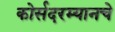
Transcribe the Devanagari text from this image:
कोर्सदरम्यानचे